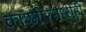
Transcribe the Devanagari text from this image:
काश्मीरमध्येही